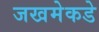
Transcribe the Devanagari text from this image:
जखमेकडे